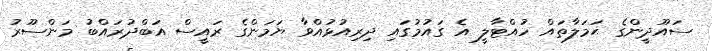
ސައޫދީންގެ ޙަމަލާތައް ހުއްޓާލީ އެ ގައުމުގައި ދިރިއުޅުއްވާ ޔަމަންގެ ރައީސް އަބްދުރައްބު މަންސޫރު